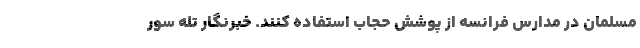
مسلمان در مدارس فرانسه از پوشش حجاب استفاده کنند. خبرنگار تله سور